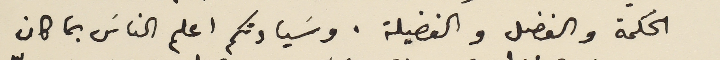
الحكمة والفضل والفضيلة. وسَيادتكم اعلم الناسَ بما كان